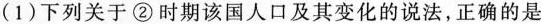
(1)下列关于②时期该国人口及其变化的说法，正确的是